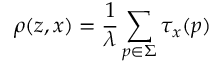
\rho ( z , x ) = \frac { 1 } { \lambda } \sum _ { p \in \Sigma } \tau _ { x } ( p )